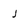
Character: j